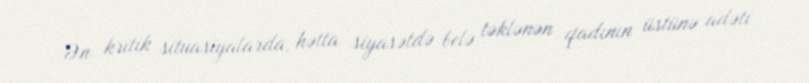
Ən kritik situasiyalarda, hətta siyasətdə belə təklənən qadının üstünə adəti